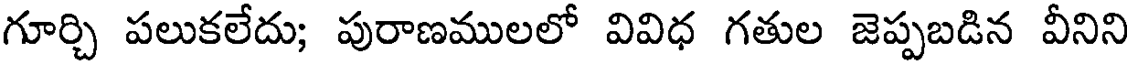
గూర్చి పలుకలేదు; పురాణములలో వివిధ గతుల జెప్పబడిన వీనిని